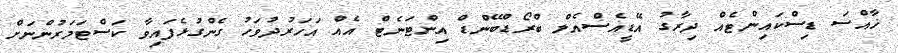
ޚާއްސަ ޑިސްކައިންޓެއް ދިރާގު އޭޑީއެސްއެލް ބްރޯޑްބޭންޑް އިންޓަނެޓް އެއް އަހަރުދުވަހު ގެންގުޅެފައިވާ ކަސްޓަމަރުންނަށް